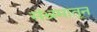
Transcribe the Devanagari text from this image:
संभ्रमातून